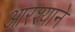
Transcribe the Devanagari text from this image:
आरश्याने